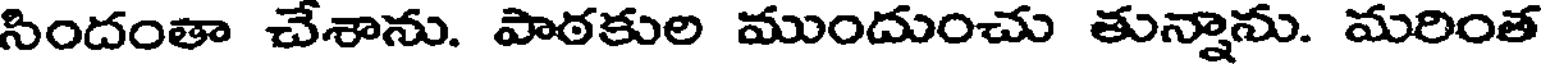
సిందంతా చేశాను. పాఠకుల ముందుంచు తున్నాను. మరింత